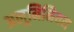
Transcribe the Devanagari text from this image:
अलूमिनियम